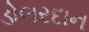
ડોલરદાન